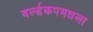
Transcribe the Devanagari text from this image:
वर्ल्डकपमधला